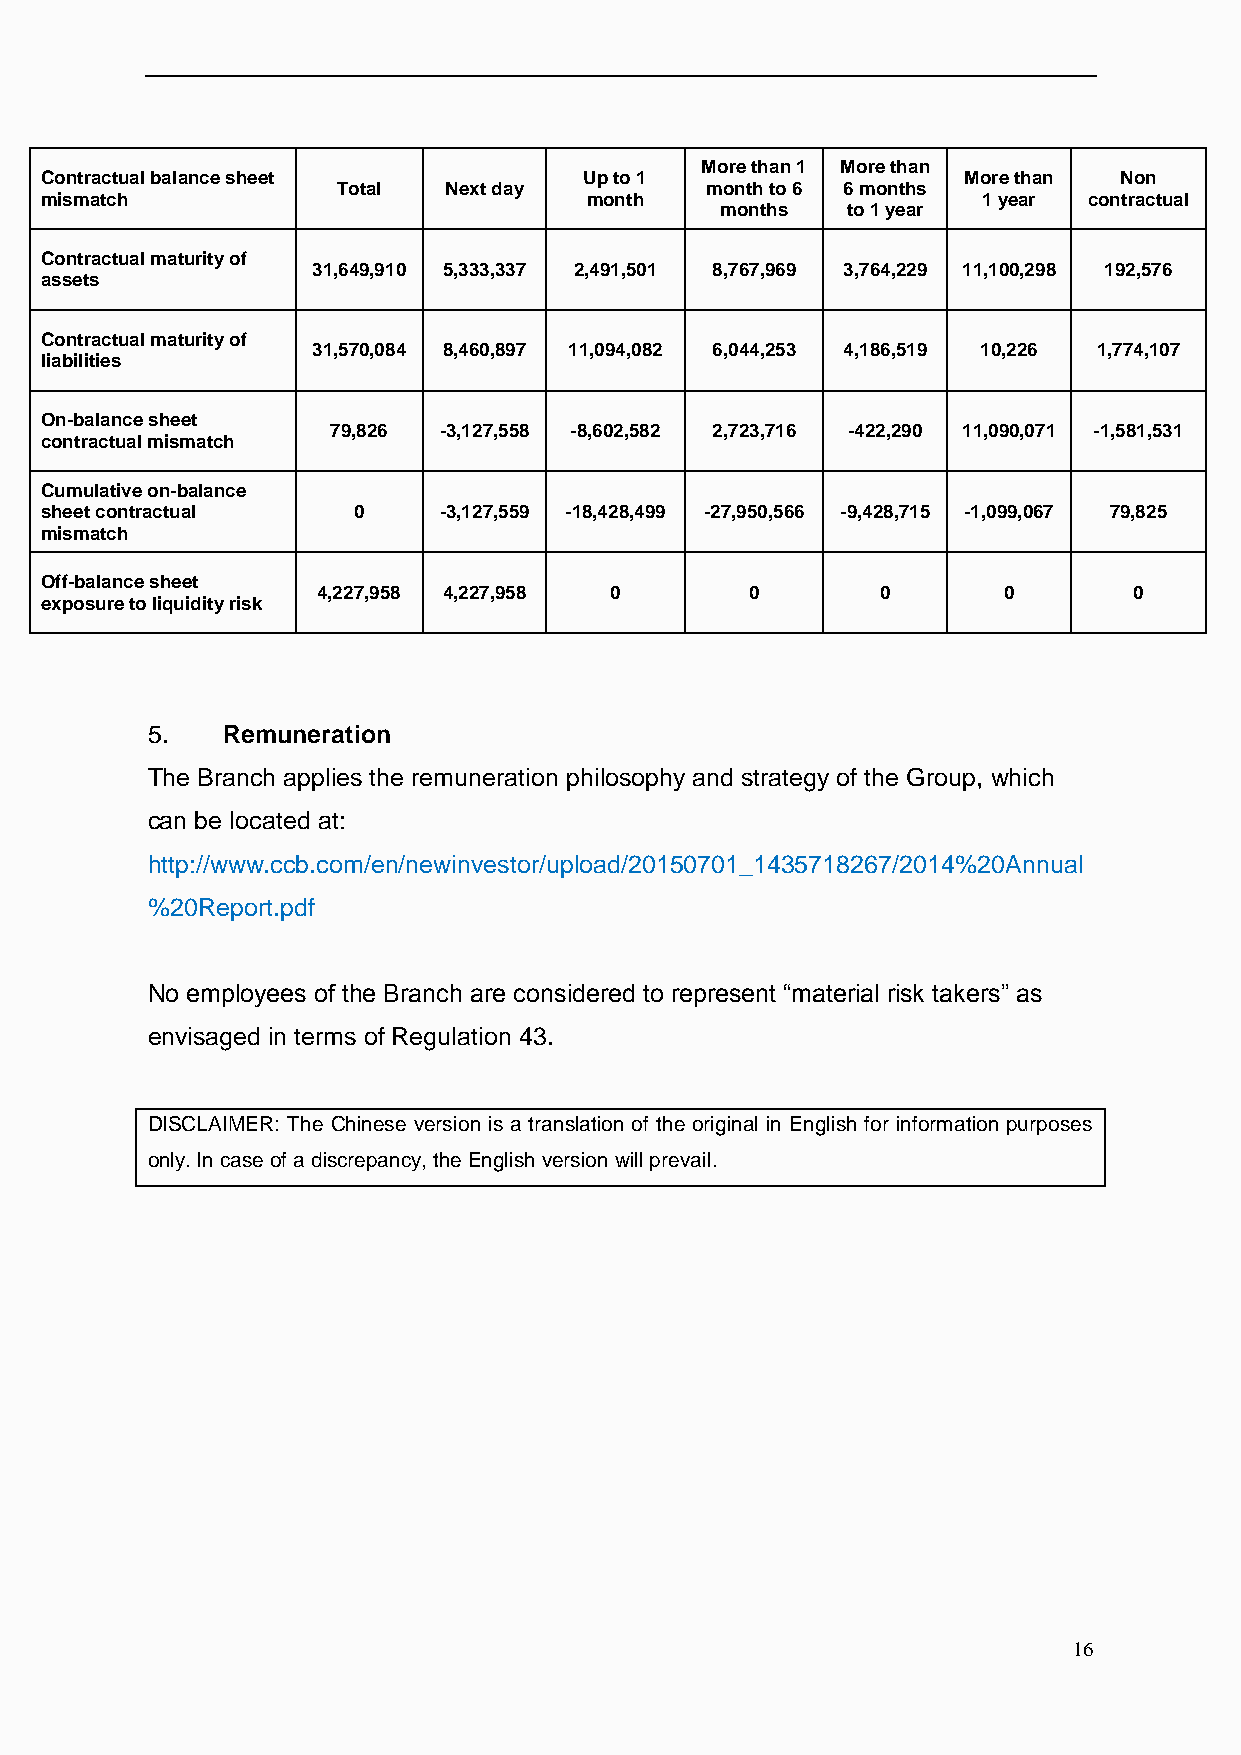
More than 1 More than
 Contractual balance sheet           Up to 1                  More than Non
 Total  Next day          month to 6 6 months
 mismatch                            month                     1 year contractual
 months  to 1 year
 Contractual maturity of
 31,649,910 5,333,337 2,491,501 8,767,969 3,764,229 11,100,298 192,576
 assets
 Contractual maturity of
 31,570,084 8,460,897 11,094,082 6,044,253 4,186,519 10,226 1,774,107
 liabilities
 On-balance sheet
 79,826 -3,127,558 -8,602,582 2,723,716 -422,290 11,090,071 -1,581,531
 contractual mismatch
 Cumulative on-balance
 sheet contractual   0     -3,127,559 -18,428,499 -27,950,566 -9,428,715 -1,099,067 79,825
 mismatch
 Off-balance sheet
 4,227,958 4,227,958 0        0       0       0        0
 exposure to liquidity risk
 5.   Remuneration
 The Branch applies the remuneration philosophy and strategy of the Group, which
 can be located at:
 http://www.ccb.com/en/newinvestor/upload/20150701_1435718267/2014%20Annual
 %20Report.pdf
 No employees of the Branch are considered to represent “material risk takers” as
 envisaged in terms of Regulation 43.
 DISCLAIMER: The Chinese version is a translation of the original in English for information purposes
 only. In case of a discrepancy, the English version will prevail.
 16